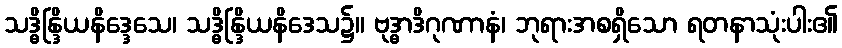
သဒ္ဓိန္ဒြိယနိဒ္ဒေသေ၊ သဒ္ဓိန္ဒြိယနိဒေသ၌။ ဗုဒ္ဓာဒိဂုဏာနံ၊ ဘုရားအစရှိသော ရတနာသုံးပါး၏